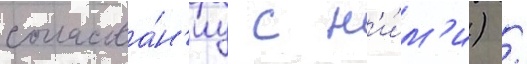
согласова́н'иу с н'и́м'и) /